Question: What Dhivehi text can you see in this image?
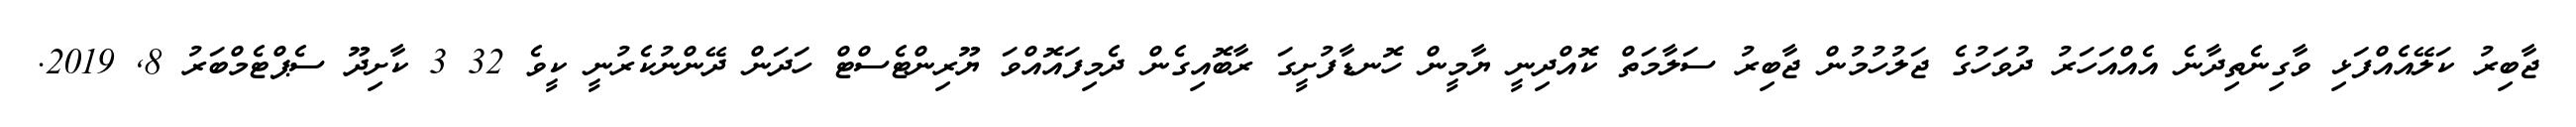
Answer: ޖާބިރު ކަލޭއެއްފަޅި ވާގިނެތިދާނެ އެއްއަހަރު ދުވަހުގެ ޖަލުހުމުން ޖާބިރު ސަލާމަތް ކޮއްދިނީ ޔާމީން ހޮނޑާފުށީގަ ރާބޮއިގެން ދެމިފައޮއްވަ ޔޫރިންޓެސްޓް ހަދަން ދޭންނުކެރުނީ ކީވެ 32 3 ކާށިދޫ ސެޕްޓެމްބަރު 8, 2019.